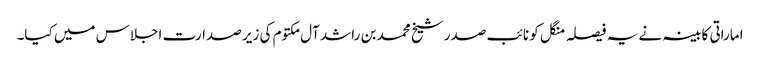
اماراتی کابینہ نے یہ فیصلہ منگل کو نائب صدر شیخ محمد بن راشد آل مکتوم کی زیر صدارت اجلاس میں کیا۔